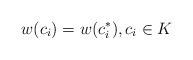
LaTeX: \begin{align*} w(c_i) = w(c_i^*), c_i \in K \end{align*}